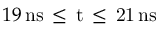
1 9 \, \mathrm { { n s } \, \leq \, t \, \leq \, 2 1 \, \mathrm { { n s } } }